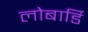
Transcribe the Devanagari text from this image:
लोबार्डि